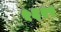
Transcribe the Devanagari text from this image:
५६२९